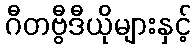
ဂီတဗွီဒီယိုများနှင့်